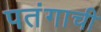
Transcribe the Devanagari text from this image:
पतंगाची